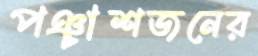
পঞ্চাশজনের